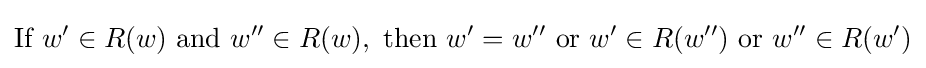
{\textrm {If}}~w'\in R(w){\textrm {~and~}}w''\in R(w),{\textrm {~then~}}w'=w''{\textrm {~or~}}w'\in R(w''){\textrm {~or~}}w''\in R(w')